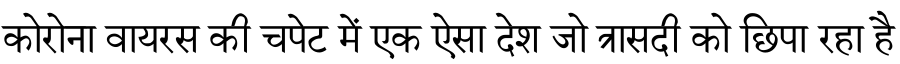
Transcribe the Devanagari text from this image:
कोरोना वायरस की चपेट में एक ऐसा देश जो त्रासदी को छिपा रहा है